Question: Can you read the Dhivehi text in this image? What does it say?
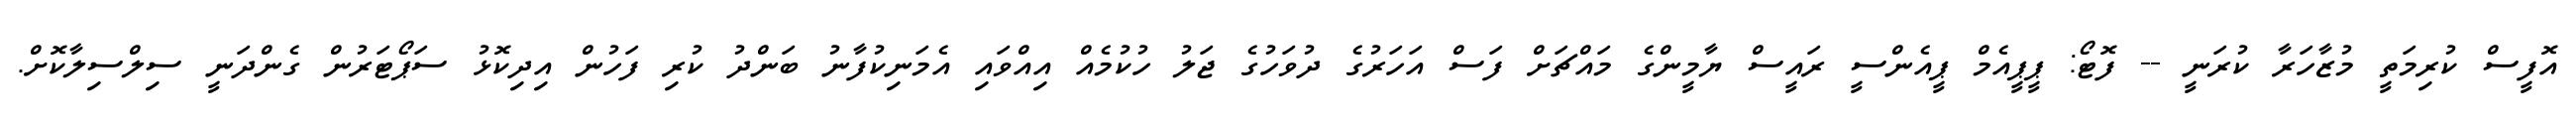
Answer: އޮފީސް ކުރިމަތީ މުޒާހަރާ ކުރަނީ -- ފޮޓޯ: ޕީޕީއެމް ޕީއެންސީ ރައީސް ޔާމީންގެ މައްޗަށް ފަސް އަހަރުގެ ދުވަހުގެ ޖަލު ހުކުމެއް އިއްވައި އެމަނިކުފާނު ބަންދު ކުރި ފަހުން އިދިކޮޅު ސަޕޯޓަރުން ގެންދަނީ ސިލްސިލާކޮށް.